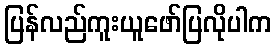
ပြန်လည်ကူးယူဖော်ပြလိုပါက